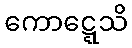
ကောဋ္ဋေသိ